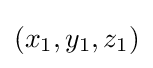
(x_{1},y_{1},z_{1})